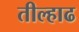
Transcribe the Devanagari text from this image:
तील्हाढ